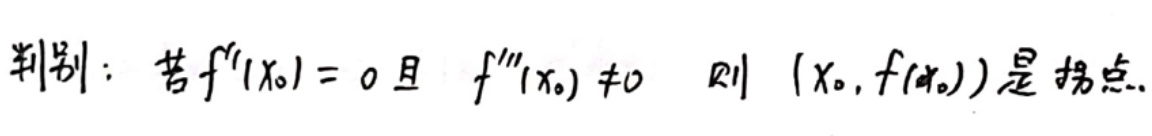
判别：若 $f''(x_0)=0$ 且 $f'''(x_0)\neq0$，则 $(x_0,f(x_0))$ 是拐点。